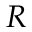
R